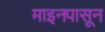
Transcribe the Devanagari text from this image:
माइनपासून